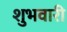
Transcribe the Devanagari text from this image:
शुभवारी